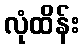
လုံထိန်း